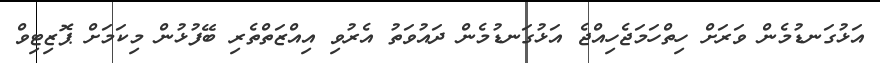
އަޅުގަނޑުމެން ވަރަށް ހިތްހަމަޖެހިއްޖެ އަޅުގަނޑުމެން ދައުވަތު އެރުވި އިއްޒަތްތެރި ބޭފުޅުން މިކަމަށް ޕޮޒިޓިވް